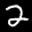
Label: 2